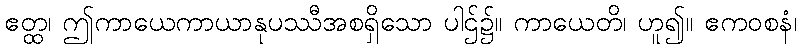
ဧတ္ထ၊ ဤကာယေကာယာနုပဿီအစရှိသော ပါဌ်၌။ ကာယေတိ၊ ဟူ၍။ ဧကဝစနံ၊